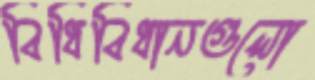
বিধিবিধানগুলো